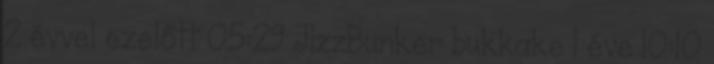
2 évvel ezelőtt 05:29 JizzBunker bukkake 1 éve 10:10